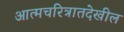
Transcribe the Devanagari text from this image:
आत्मचरित्रातदेखील